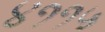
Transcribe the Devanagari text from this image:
४११५